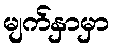
မျက်နှာမှာ